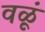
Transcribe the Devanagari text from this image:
वळूं